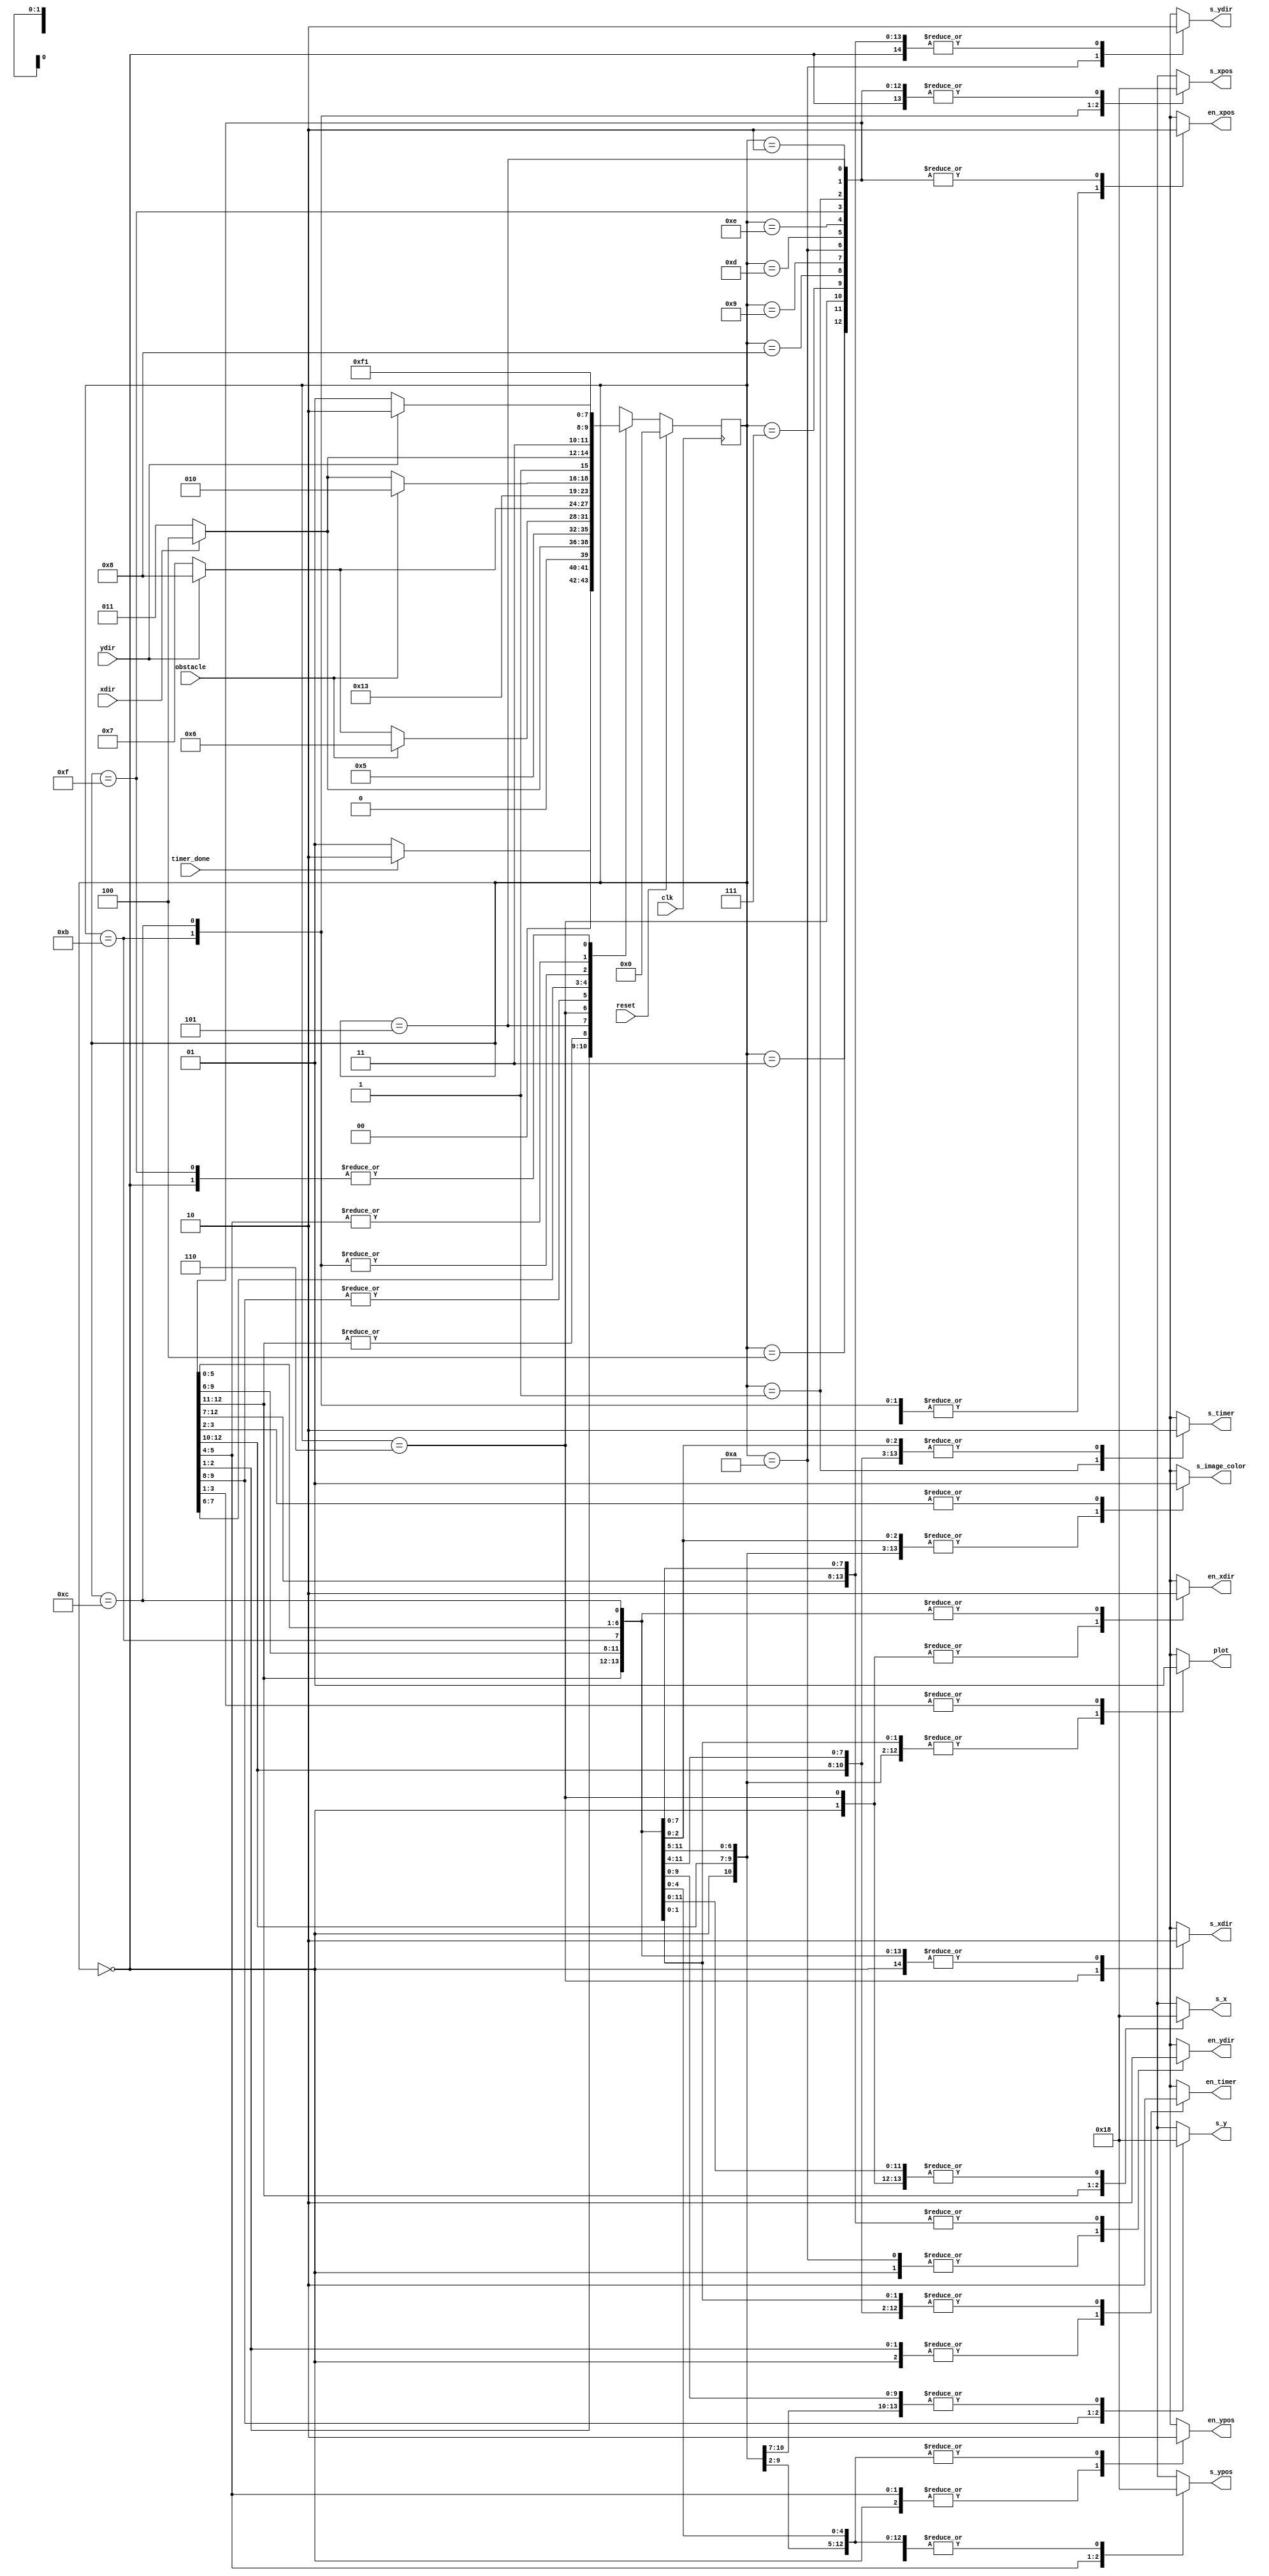
module controller (
	input 				   clk,
	input 				   reset,
   output reg           en_xpos,
   output reg    [1:0]  s_xpos,
   output reg           en_ypos,
   output reg    [1:0]  s_ypos,
   output reg           en_xdir,
   output reg           s_xdir,
   output reg           en_ydir,
   output reg           s_ydir,
   output reg           en_timer,
   output reg           s_timer,
   output reg           s_image_color,
   output reg    [1:0]  s_x,
   output reg    [1:0]  s_y,
   output reg           plot,
   input                xdir,
   input                ydir,
   input                timer_done,
   input                obstacle
	);
   
   parameter INIT              = 4'd0;
   parameter WAIT_TIMER        = 4'd1;
   parameter ERASE             = 4'd2;
   parameter LOOK_LEFT         = 4'd3;
   parameter LOOK_RIGHT        = 4'd4;
   parameter TEST_X_OBSTACLE   = 4'd5;
   parameter CHANGE_XDIR       = 4'd6;
   parameter LOOK_UP           = 4'd7;
   parameter LOOK_DOWN         = 4'd8;
   parameter TEST_Y_OBSTACLE   = 4'd9;
   parameter CHANGE_YDIR       = 4'd10;
   parameter DECREMENT_XPOS    = 4'd11;
   parameter INCREMENT_XPOS    = 4'd12;
   parameter DECREMENT_YPOS    = 4'd13;
   parameter INCREMENT_YPOS    = 4'd14;
   parameter DRAW              = 4'd15;
   
   reg [3:0] state = 0, next_state;
   
   always @(posedge clk)
      if (reset)
         state <= INIT;
      else
         state <= next_state;
         
   always @(*) begin
      en_xpos  = 0;
      s_xpos   = 0;  
      en_ypos  = 0;
      s_ypos   = 0;
      en_xdir  = 0;  
      s_xdir   = 0;
      en_ydir  = 0;
      s_ydir   = 0;  
      en_timer = 0;  
      s_timer  = 0; 
      s_image_color  = 0;
      s_x      = 0;
      s_y      = 0;
      plot     = 0;
      next_state = INIT;
      case (state)
         INIT              : begin
            s_xdir = 0;  en_xdir = 1;
            s_ydir = 0;  en_ydir = 1;
            s_xpos = 0;  en_xpos = 1;
            s_ypos = 0;  en_ypos = 1;
            s_timer = 0; en_timer = 1;
            next_state = WAIT_TIMER;
         end
         WAIT_TIMER        : begin
            s_image_color = 1;
            plot = 1;
            s_timer = 1; en_timer = 1;
            if (timer_done)   next_state = ERASE;
            else              next_state = WAIT_TIMER;
         end
         ERASE             : begin
            plot = 1;    s_image_color = 0;
            s_timer = 0; en_timer = 1;
            if (xdir)         next_state = LOOK_RIGHT;
            else              next_state = LOOK_LEFT;
         end
         LOOK_LEFT         : begin
            s_x = 1;  s_y = 0;
            next_state = TEST_X_OBSTACLE;
         end
         LOOK_RIGHT        : begin
            s_x = 2;  s_y = 0;
            next_state = TEST_X_OBSTACLE;
         end
         TEST_X_OBSTACLE   : begin
            if (obstacle)     next_state = CHANGE_XDIR;
            else if (ydir)    next_state = LOOK_DOWN;
            else              next_state = LOOK_UP;
         end
         CHANGE_XDIR       : begin
            s_xdir = 1;  en_xdir = 1;
            if (ydir)         next_state = LOOK_DOWN;
            else              next_state = LOOK_UP;
         end
         LOOK_UP           : begin
            s_x = 0;  s_y = 1;
            next_state = TEST_Y_OBSTACLE;
         end
         LOOK_DOWN         : begin
            s_x = 0;  s_y = 2;
            next_state = TEST_Y_OBSTACLE;
         end
         TEST_Y_OBSTACLE   : begin
            if (obstacle)     next_state = CHANGE_YDIR;
            else if (xdir)    next_state = INCREMENT_XPOS;
            else              next_state = DECREMENT_XPOS;
         end
         CHANGE_YDIR       : begin
            s_ydir = 1; en_ydir = 1;
            if (xdir)         next_state = INCREMENT_XPOS;
            else              next_state = DECREMENT_XPOS;      
         end
         DECREMENT_XPOS    : begin
            s_xpos = 1; en_xpos = 1;
            if (ydir)         next_state = INCREMENT_YPOS;
            else              next_state = DECREMENT_YPOS;
         end
         INCREMENT_XPOS    : begin
            s_xpos = 2; en_xpos = 1;
            if (ydir)         next_state = INCREMENT_YPOS;
            else              next_state = DECREMENT_YPOS;
         end
         DECREMENT_YPOS    : begin
            s_ypos = 1; en_ypos = 1;
            next_state = DRAW;
         end
         INCREMENT_YPOS    : begin
            s_ypos = 2; en_ypos = 1;
            next_state = DRAW;
         end
         DRAW              : begin
            s_image_color = 1; plot = 1;
            next_state = WAIT_TIMER;
         end
         default           :;
      endcase
   end
   
endmodule